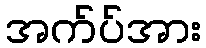
အက်ပ်အား